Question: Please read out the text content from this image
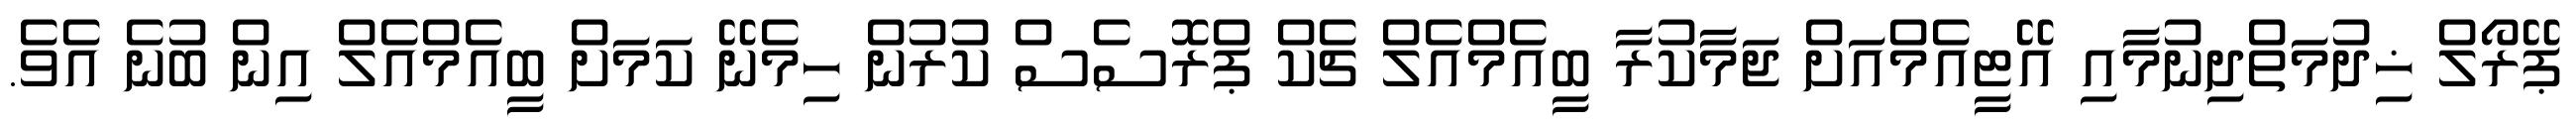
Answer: ޕޭރޯލް ޚިދުމަތްދިނުމާއި އޭޓީއެމްއަށް ޖަމާކުރާ ބީއެމްއެލް ޗެކް ޕްރޮސެސް ކުރުން ހިމެނޭ ކަމަށް ބީއެމްއެލް އިން ބުނެ އެވެ.